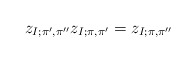
\begin{align*}z_{I;\pi',\pi''}z_{I;\pi,\pi'}=z_{I;\pi,\pi''}\end{align*}